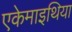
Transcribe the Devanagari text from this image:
एकेमाइथिया